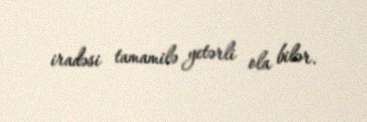
iradəsi tamamilə yetərli ola bilər.